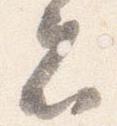
者